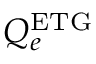
Q _ { e } ^ { \mathrm { E T G } }